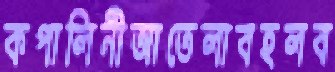
কপালিনীআতেলাবহলব